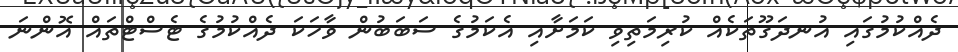
ދެއްކުމުގައި އުނދަގޫތަކެއް ކުރިމަތިވި ކަމަށާއި އެކަމުގެ ސަބަބުން ވާހަކަ ދެއްކުމުގެ ޓެސްޓްތައް އޮންނަ